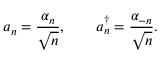
a _ { n } = \frac { \alpha _ { n } } { \sqrt { n } } , \qquad a _ { n } ^ { \dag } = \frac { \alpha _ { - n } } { \sqrt { n } } .